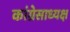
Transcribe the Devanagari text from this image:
कांग्रेसाध्यक्ष